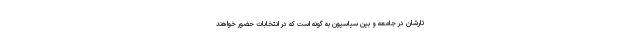
تارشان در جامعه و بین سیاسیون به گونه است که در انتخابات حضور خواهند